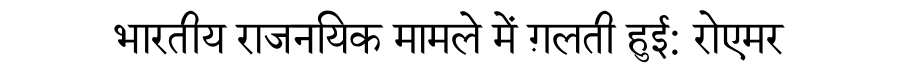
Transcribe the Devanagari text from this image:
भारतीय राजनयिक मामले में ग़लती हुई: रोएमर